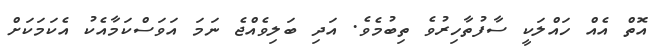
އޮތް އެއް ހައްލަކީ ސާފުތާހިރުވެ ތިބުމެވެ. އަދި ބަލިވެއްޖެ ނަމަ އަވަސްކަމާއެކު އެކަމަކަށް